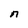
Character: n